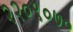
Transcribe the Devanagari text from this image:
२२०९०७०